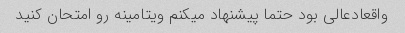
واقعادعالی بود حتما پیشنهاد میکنم ویتامینه رو امتحان کنید